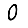
Digit: 0